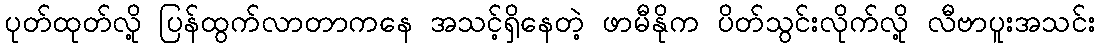
ပုတ်ထုတ်လို့ ပြန်ထွက်လာတာကနေ အသင့်ရှိနေတဲ့ ဖာမီနိုက ပိတ်သွင်းလိုက်လို့ လီဗာပူးအသင်း